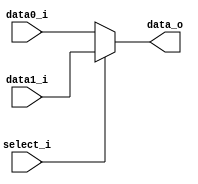
//Subject:     CO project 2 - MUX 221
//--------------------------------------------------------------------------------
//Version:     1
//--------------------------------------------------------------------------------
//Writer:      Luke
//----------------------------------------------
//----------------------------------------------
//Description: 
//--------------------------------------------------------------------------------
     
module MUX_2to1(
               data0_i,
               data1_i,
               select_i,
               data_o
               );

parameter size =0;			   
			
//I/O ports               
input   [size-1:0] data0_i;          
input   [size-1:0] data1_i;
input              select_i;
output  [size-1:0] data_o; 

//Internal Signals
reg     [size-1:0] data_o;

//Main function
always@(*)
begin
 if(select_i==0)
 data_o<=data0_i;
 else
 data_o<=data1_i;
end

endmodule